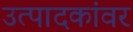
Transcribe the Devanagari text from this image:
उत्पादकांवर